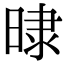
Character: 𣇨